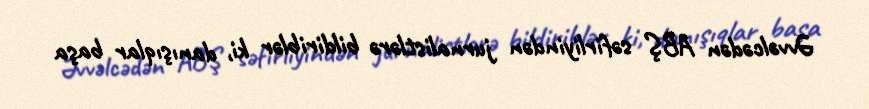
Əvvəlcədən ABŞ səfirliyindən jurnalistlərə bildiriblər ki, danışıqlar başa